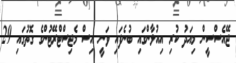
ޖޭއެސްސީން މިއަދު ކުރި އިއުލާންގައި ބުނެފައި ވަނީ އިސް މެޖިސްޓްރޭޓުންގެ ގޮތުގައި 29